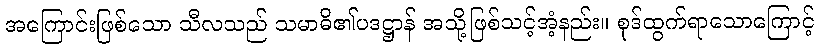
အကြောင်းဖြစ်သော သီလသည် သမာဓိ၏ပဒဋ္ဌာန် အသို့ဖြစ်သင့်အံ့နည်း။ စုဒ်ထွက်ရာသောကြောင့်